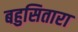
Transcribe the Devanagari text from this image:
बहुसितारा